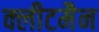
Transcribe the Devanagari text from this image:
क्लीटमैन